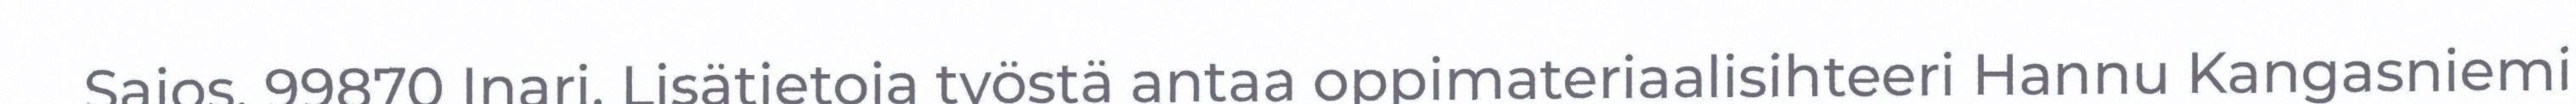
Sajos, 99870 Inari. Lisätietoja työstä antaa oppimateriaalisihteeri Hannu Kangasniemi